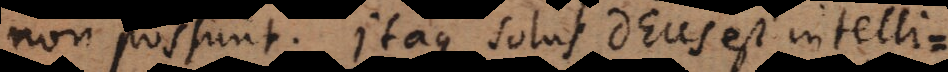
non possunt. Itaque solus Deus est intelli